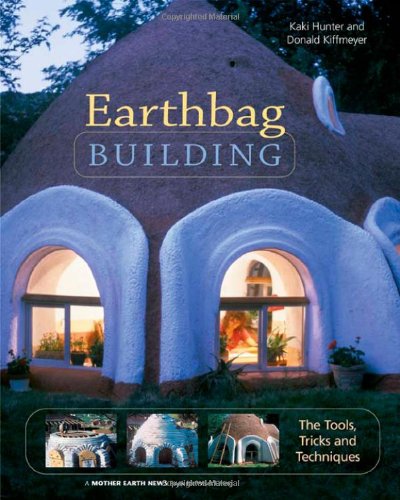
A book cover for Earthbag Building: The Tools, Tricks and Techniques (Natural Building Series); Kaki Hunter; Crafts, Hobbies & Home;